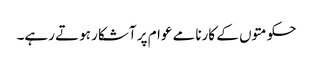
حکومتوں کے کارنامے عوام پر آشکار ہوتے رہے۔